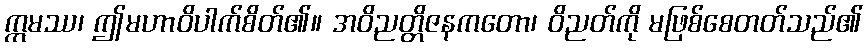
ဣမဿ၊ ဤမဟာဝိပါက်စိတ်၏။ အဝိညတ္တိဇနကတော၊ ဝိညတ်ကို မဖြစ်စေတတ်သည်၏